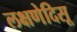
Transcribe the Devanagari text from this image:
लक्षणेदिसू